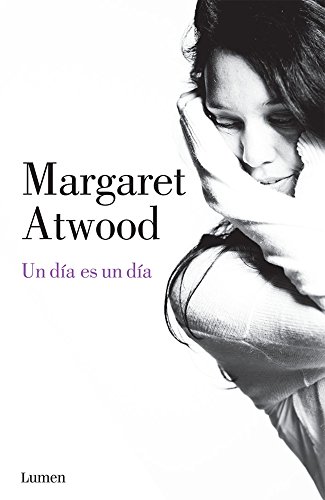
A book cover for Un dÃ­a es un dÃ­a (Narrativa) (Spanish Edition); Margaret Atwood; Literature & Fiction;